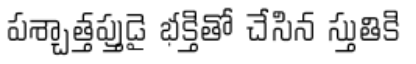
పశ్చాత్తప్తుడై భక్తితో చేసిన స్తుతికి